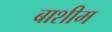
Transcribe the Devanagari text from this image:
बाशीम